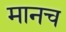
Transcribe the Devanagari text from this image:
मानच